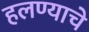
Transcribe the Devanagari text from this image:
हलण्याचे